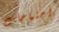
احتياجات